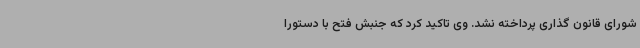
شورای قانون گذاری پرداخته نشد. وی تاکید کرد که جنبش فتح با دستورا